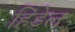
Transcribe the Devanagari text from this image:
हिंडेल